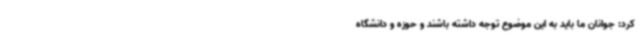
کرد: جوانان ما باید به این موضوع توجه داشته باشند و حوزه و دانشگاه